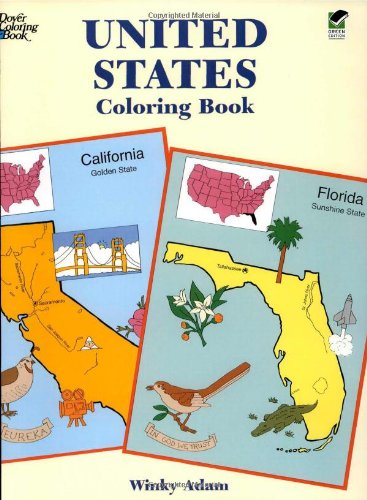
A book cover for United States Coloring Book (Dover History Coloring Book); Winky Adam; Children's Books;